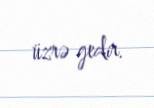
üzrə gedir.